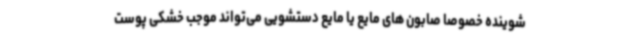
شوینده خصوصا صابون های مایع یا مایع دستشویی می‌تواند موجب خشکی پوست